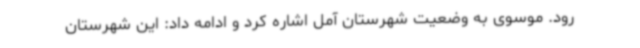
رود. موسوی به وضعیت شهرستان آمل اشاره کرد و ادامه داد: این شهرستان